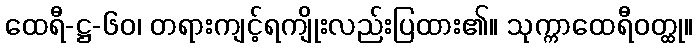
ထေရီ-ဋ္ဌ-၆၀၊ တရားကျင့်ရကျိုးလည်းပြထား၏။ သုက္ကာထေရီဝတ္ထု။